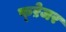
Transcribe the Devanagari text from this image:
फ्ऱेजर